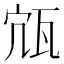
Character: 𤬽